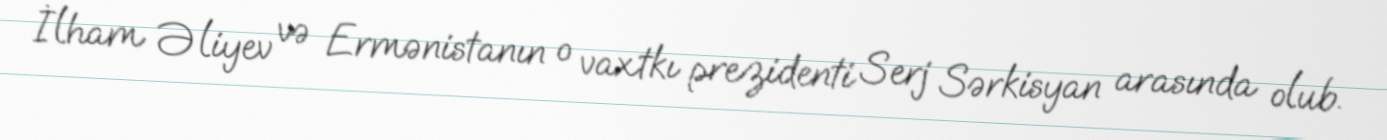
İlham Əliyev və Ermənistanın o vaxtkı prezidenti Serj Sərkisyan arasında olub.